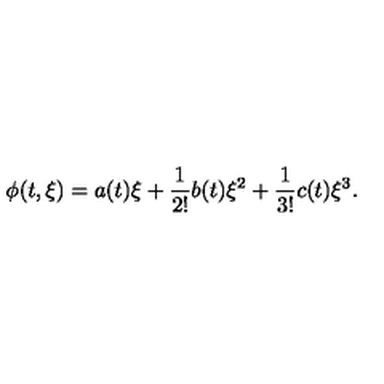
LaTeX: \phi ( t , \xi ) = a ( t ) \xi + \frac { 1 } { 2 ! } b ( t ) \xi ^ { 2 } + \frac { 1 } { 3 ! } c ( t ) \xi ^ { 3 } .